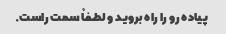
پیاده رو را راه بروید و لطفاً سمت راست.